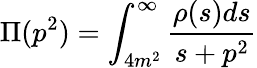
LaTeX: \Pi(p^{2})=\int_{4m^{2}}^{\infty}\frac{\rho(s)ds}{s+p^{2}}